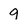
Character: 9